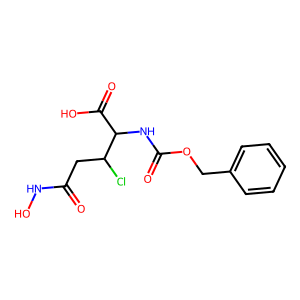
SMILES: O=C(CC(Cl)C(NC(=O)OCc1ccccc1)C(=O)O)NO
Inhibits HIV replication: No